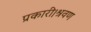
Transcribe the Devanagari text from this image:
प्रकारी।श्रवण